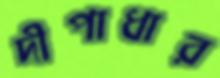
দীপাধার